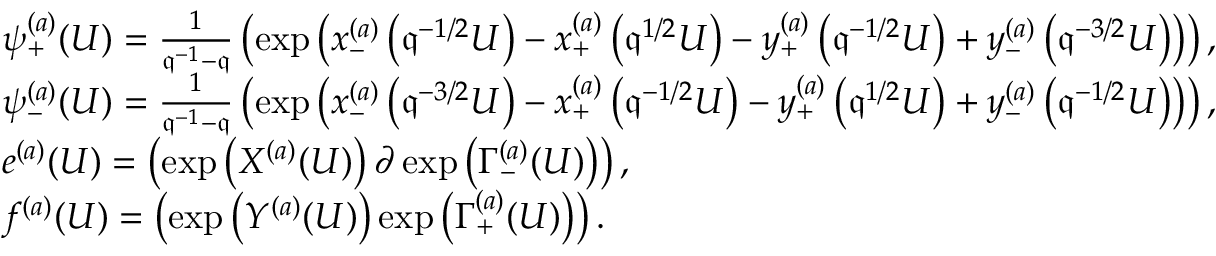
\begin{array} { r l } & { \psi _ { + } ^ { ( a ) } ( U ) = \frac { 1 } { \mathfrak { q } ^ { - 1 } - \mathfrak { q } } \left( \exp \left( x _ { - } ^ { ( a ) } \left( \mathfrak { q } ^ { - 1 / 2 } U \right) - x _ { + } ^ { ( a ) } \left( \mathfrak { q } ^ { 1 / 2 } U \right) - y _ { + } ^ { ( a ) } \left( \mathfrak { q } ^ { - 1 / 2 } U \right) + y _ { - } ^ { ( a ) } \left( \mathfrak { q } ^ { - 3 / 2 } U \right) \right) \right) , } \\ & { \psi _ { - } ^ { ( a ) } ( U ) = \frac { 1 } { \mathfrak { q } ^ { - 1 } - \mathfrak { q } } \left( \exp \left( x _ { - } ^ { ( a ) } \left( \mathfrak { q } ^ { - 3 / 2 } U \right) - x _ { + } ^ { ( a ) } \left( \mathfrak { q } ^ { - 1 / 2 } U \right) - y _ { + } ^ { ( a ) } \left( \mathfrak { q } ^ { 1 / 2 } U \right) + y _ { - } ^ { ( a ) } \left( \mathfrak { q } ^ { - 1 / 2 } U \right) \right) \right) , } \\ & { e ^ { ( a ) } ( U ) = \left( \exp \left( X ^ { ( a ) } ( U ) \right) \partial \exp \left( \Gamma _ { - } ^ { ( a ) } ( U ) \right) \right) , } \\ & { f ^ { ( a ) } ( U ) = \left( \exp \left( Y ^ { ( a ) } ( U ) \right) \exp \left( \Gamma _ { + } ^ { ( a ) } ( U ) \right) \right) . } \end{array}